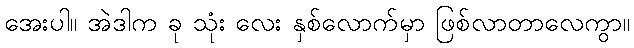
အေးပါ။ အဲဒါက ခု သုံး လေး နှစ်လောက်မှာ ဖြစ်လာတာလေကွာ။